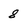
Character: 8